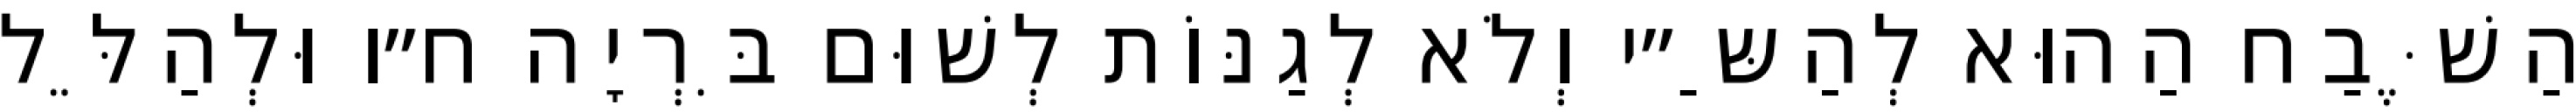
הַשֶּׁבַח הַהוּא לְהַשַּ״י וְלֹא לְגַנּוֹת לְשׁוּם בִּרְיָה ח״ו וּלְהַלֵּל